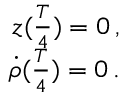
\begin{array} { r } { z ( \frac { T } { 4 } ) = 0 \, , } \\ { \dot { \rho } ( \frac { T } { 4 } ) = 0 \, . } \end{array}